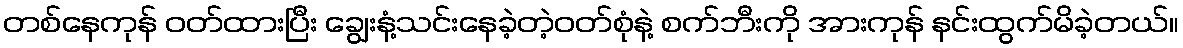
တစ်နေကုန် ဝတ်ထားပြီး ချွေးနံ့သင်းနေခဲ့တဲ့ဝတ်စုံနဲ့ စက်ဘီးကို အားကုန် နင်းထွက်မိခဲ့တယ်။